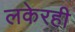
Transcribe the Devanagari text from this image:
लकेरही